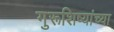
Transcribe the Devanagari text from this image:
गुरूशिष्यांच्या